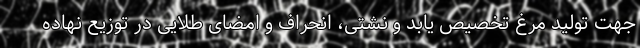
جهت تولید مرغ تخصیص یابد و نشتی، انحراف و امضای طلایی در توزیع نهاده